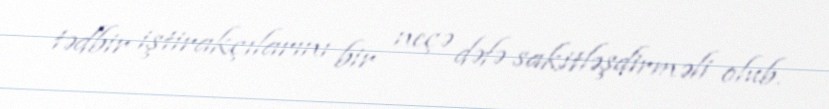
tədbir iştirakçılarını bir neçə dəfə sakitləşdirməli olub.